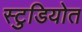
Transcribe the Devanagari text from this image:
स्टुडियोत